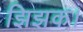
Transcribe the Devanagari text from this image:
झिझक।